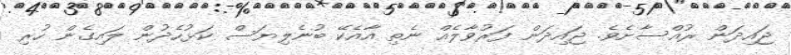
ޖައިދަން ރުއްސާށެވެ. ޖައިދަން ފަރުވާލެއް ނެތި އާއެކޭ ބުނެލިޔަސް ކަޅުހެދުން ލައިގެން ހުރި